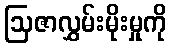
ဩဇာလွှမ်းမိုးမှုကို